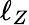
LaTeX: \ell_{Z}